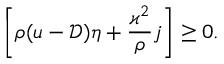
\left[ \rho ( u - \mathcal { D } ) \eta + \frac { \varkappa ^ { 2 } } { \rho } j \right] \geq 0 .